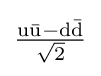
{\tfrac {\mathrm {u{\bar {u}}} -\mathrm {d{\bar {d}}} }{\sqrt {2}}}